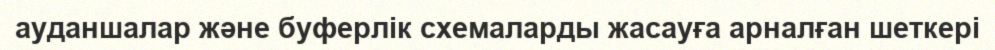
ауданшалар және буферлік схемаларды жасауға арналған шеткері